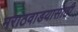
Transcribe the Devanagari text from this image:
मराठवाडयासाठी